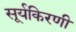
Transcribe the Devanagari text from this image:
सूर्यकिरणी